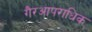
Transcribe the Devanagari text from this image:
गैरआपराधिक